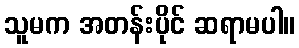
သူမက အတန်းပိုင် ဆရာမပါ။